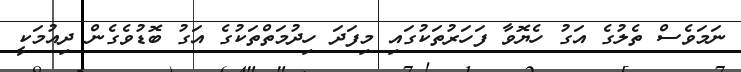
ނަމަވެސް ތެލުގެ އަގު ހެޔޮވާ ފަހަރުތަކުގައި މިފަދަ ހިދުމަތްތަކުގެ އަގު ބޮޑުވެގެން ދިއުމަކީ